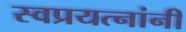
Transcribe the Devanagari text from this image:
स्वप्रयत्‍नांनी